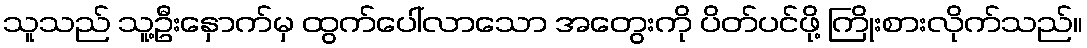
သူသည် သူ့ဦးနှောက်မှ ထွက်ပေါ်လာသော အတွေးကို ပိတ်ပင်ဖို့ ကြိုးစားလိုက်သည်။